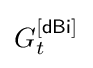
G_{t}^{\mathsf {[dBi]}}